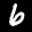
Label: 6